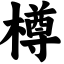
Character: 樽